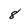
Character: 8